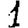
Digit: 1